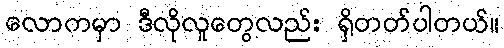
လောကမှာ ဒီလိုလူတွေလည်း ရှိတတ်ပါတယ်။